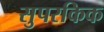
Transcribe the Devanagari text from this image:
सुपरकिक